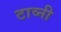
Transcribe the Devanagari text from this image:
टाव्नी